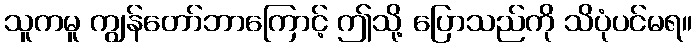
သူကမူ ကျွန်တော်ဘာကြောင့် ဤသို့ ပြောသည်ကို သိပုံပင်မရ။